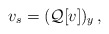
\begin{align*}v_s = ( {\mathcal Q}[v])_y\,,\end{align*}